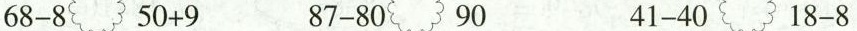
$$68-8 50+9$$ $$87-80 90$$ $$41-40 18-8$$